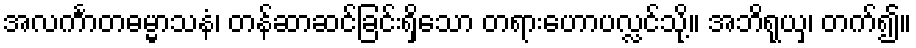
အလင်္ကာတဓမ္မာသနံ၊ တန်ဆာဆင်ခြင်းရှိသော တရားဟောပလ္လင်သို့။ အဘိရုယှ၊ တက်၍။